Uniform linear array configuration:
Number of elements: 32
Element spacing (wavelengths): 0.25
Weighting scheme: exponential
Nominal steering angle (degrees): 60
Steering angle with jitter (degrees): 58.908
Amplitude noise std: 0.05
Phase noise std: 0.05

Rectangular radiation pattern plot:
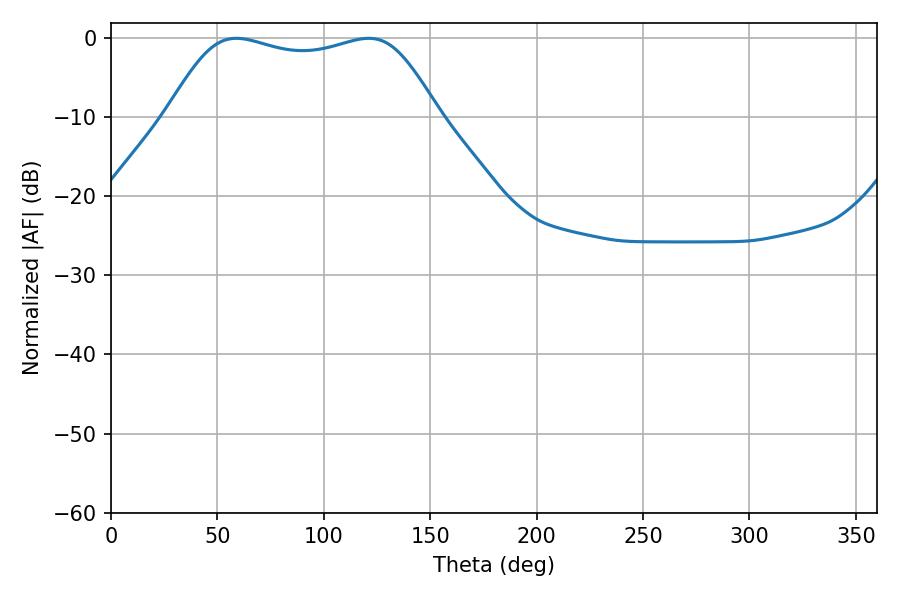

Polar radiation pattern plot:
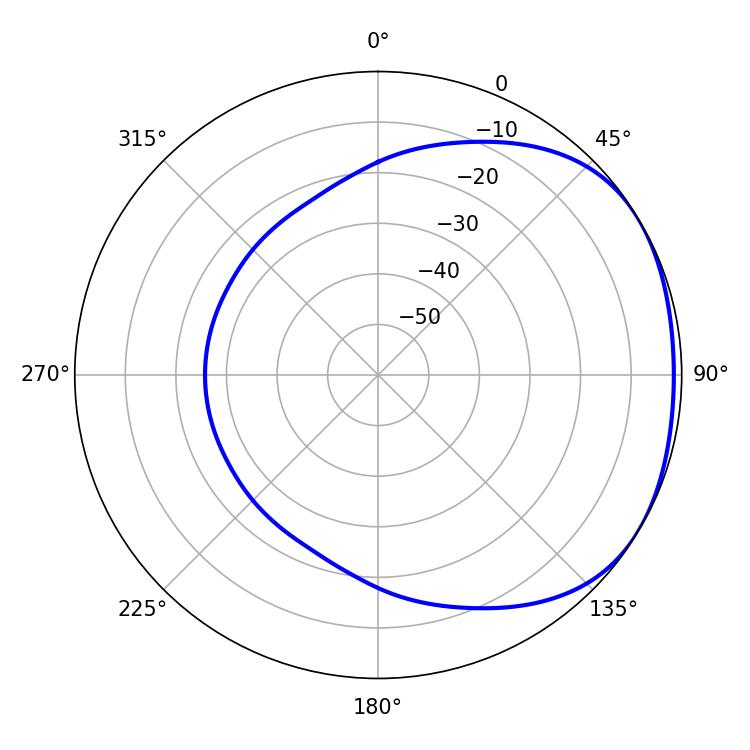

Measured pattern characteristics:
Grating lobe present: FALSE
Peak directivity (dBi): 1.725
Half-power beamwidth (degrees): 98.64
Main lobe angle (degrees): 58.86